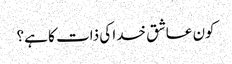
کون عاشق خدا کی ذات کا ہے؟